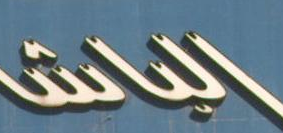
الباش